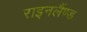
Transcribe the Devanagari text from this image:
राइनलैंण्ड